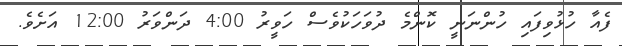
ފެއާ ހުޅުވިފައި ހުންނަނީ ކޮންމެ ދުވަހަކުވެސް ހަވީރު 4:00 ދަންވަރު 12:00 އަށެވެ.